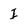
Character: I